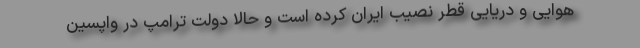
هوایی و دریایی قطر نصیب ایران کرده است و حالا دولت ترامپ در واپسین